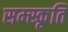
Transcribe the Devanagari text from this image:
सम्स्कृति